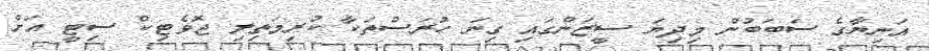
އަނިޔާގެ ސަބަބުން މިދިޔަ ސީޒަންގައި ގިނަ ހުރަސްތަކާ ކުރިމަތިލި ޖޮވެޓިކް ސިޓީ އަށް